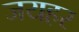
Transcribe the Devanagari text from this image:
जयहर